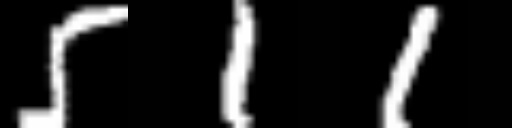
Text: 511